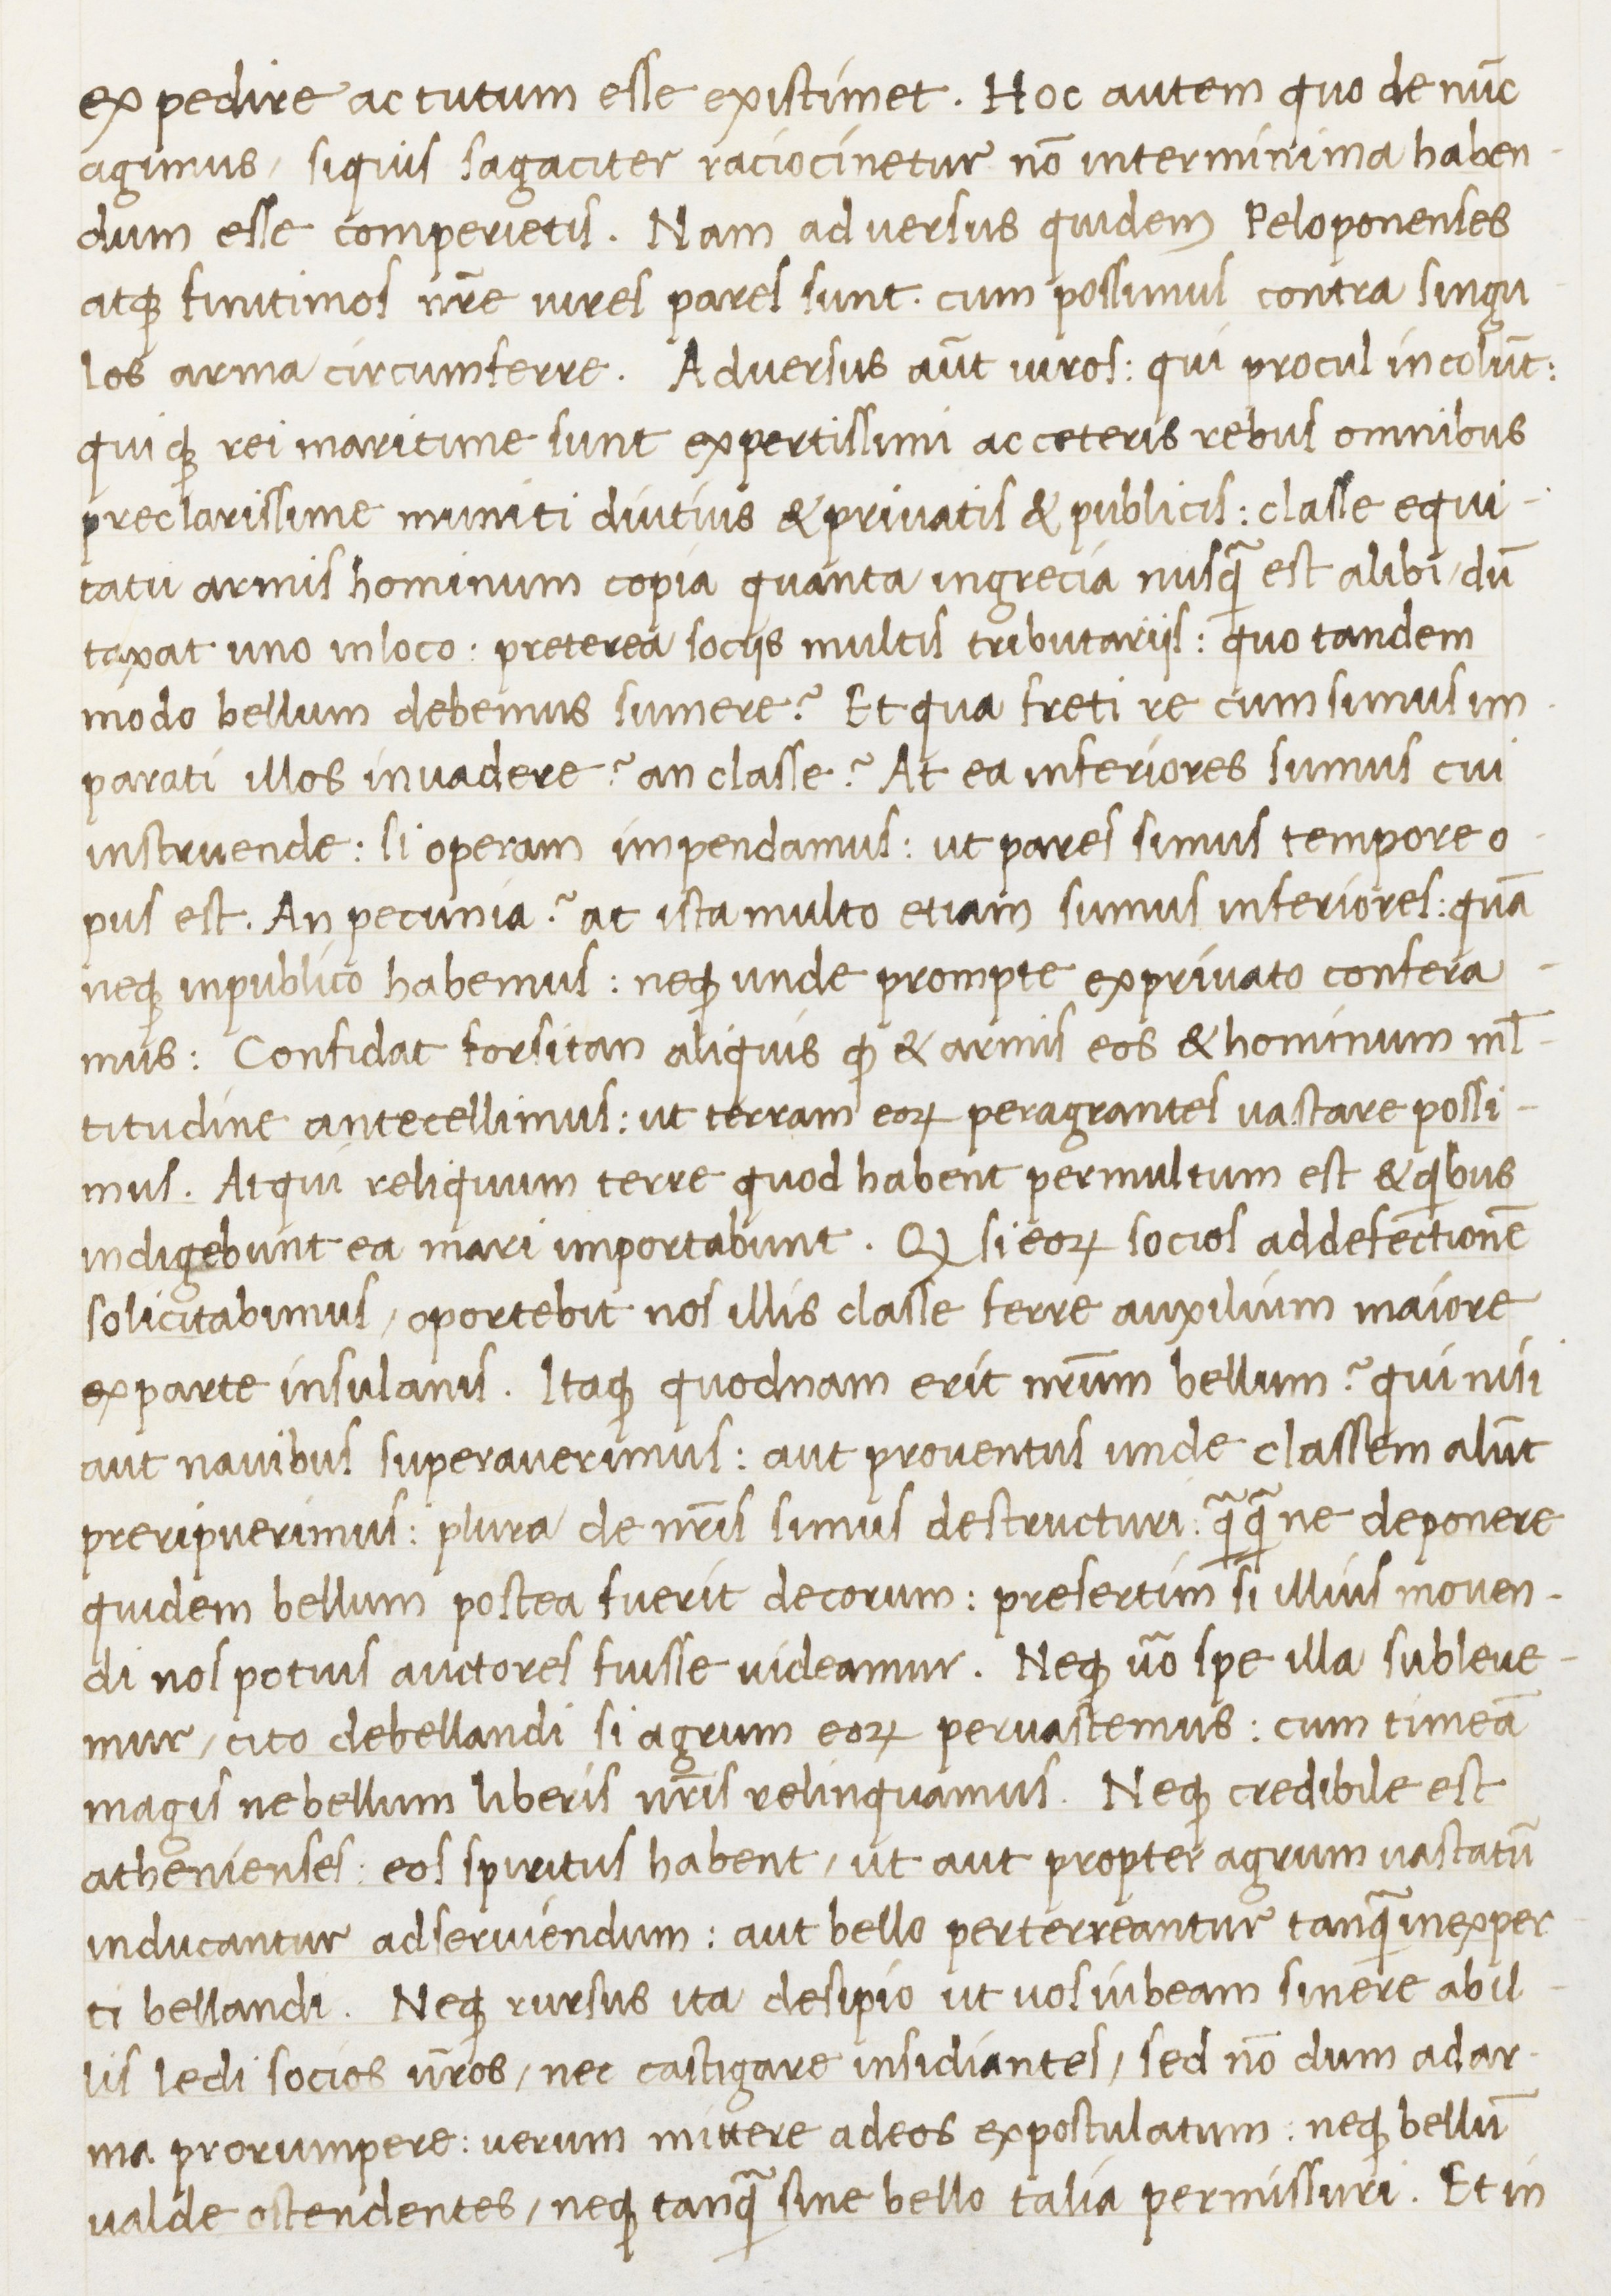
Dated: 1400–1499